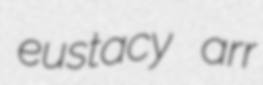
eustacy arr